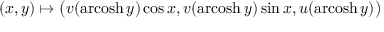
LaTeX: ( x , y ) \mapsto { \big ( } v ( \operatorname { a r c o s h } y ) \cos x , v ( \operatorname { a r c o s h } y ) \sin x , u ( \operatorname { a r c o s h } y ) { \big ) }